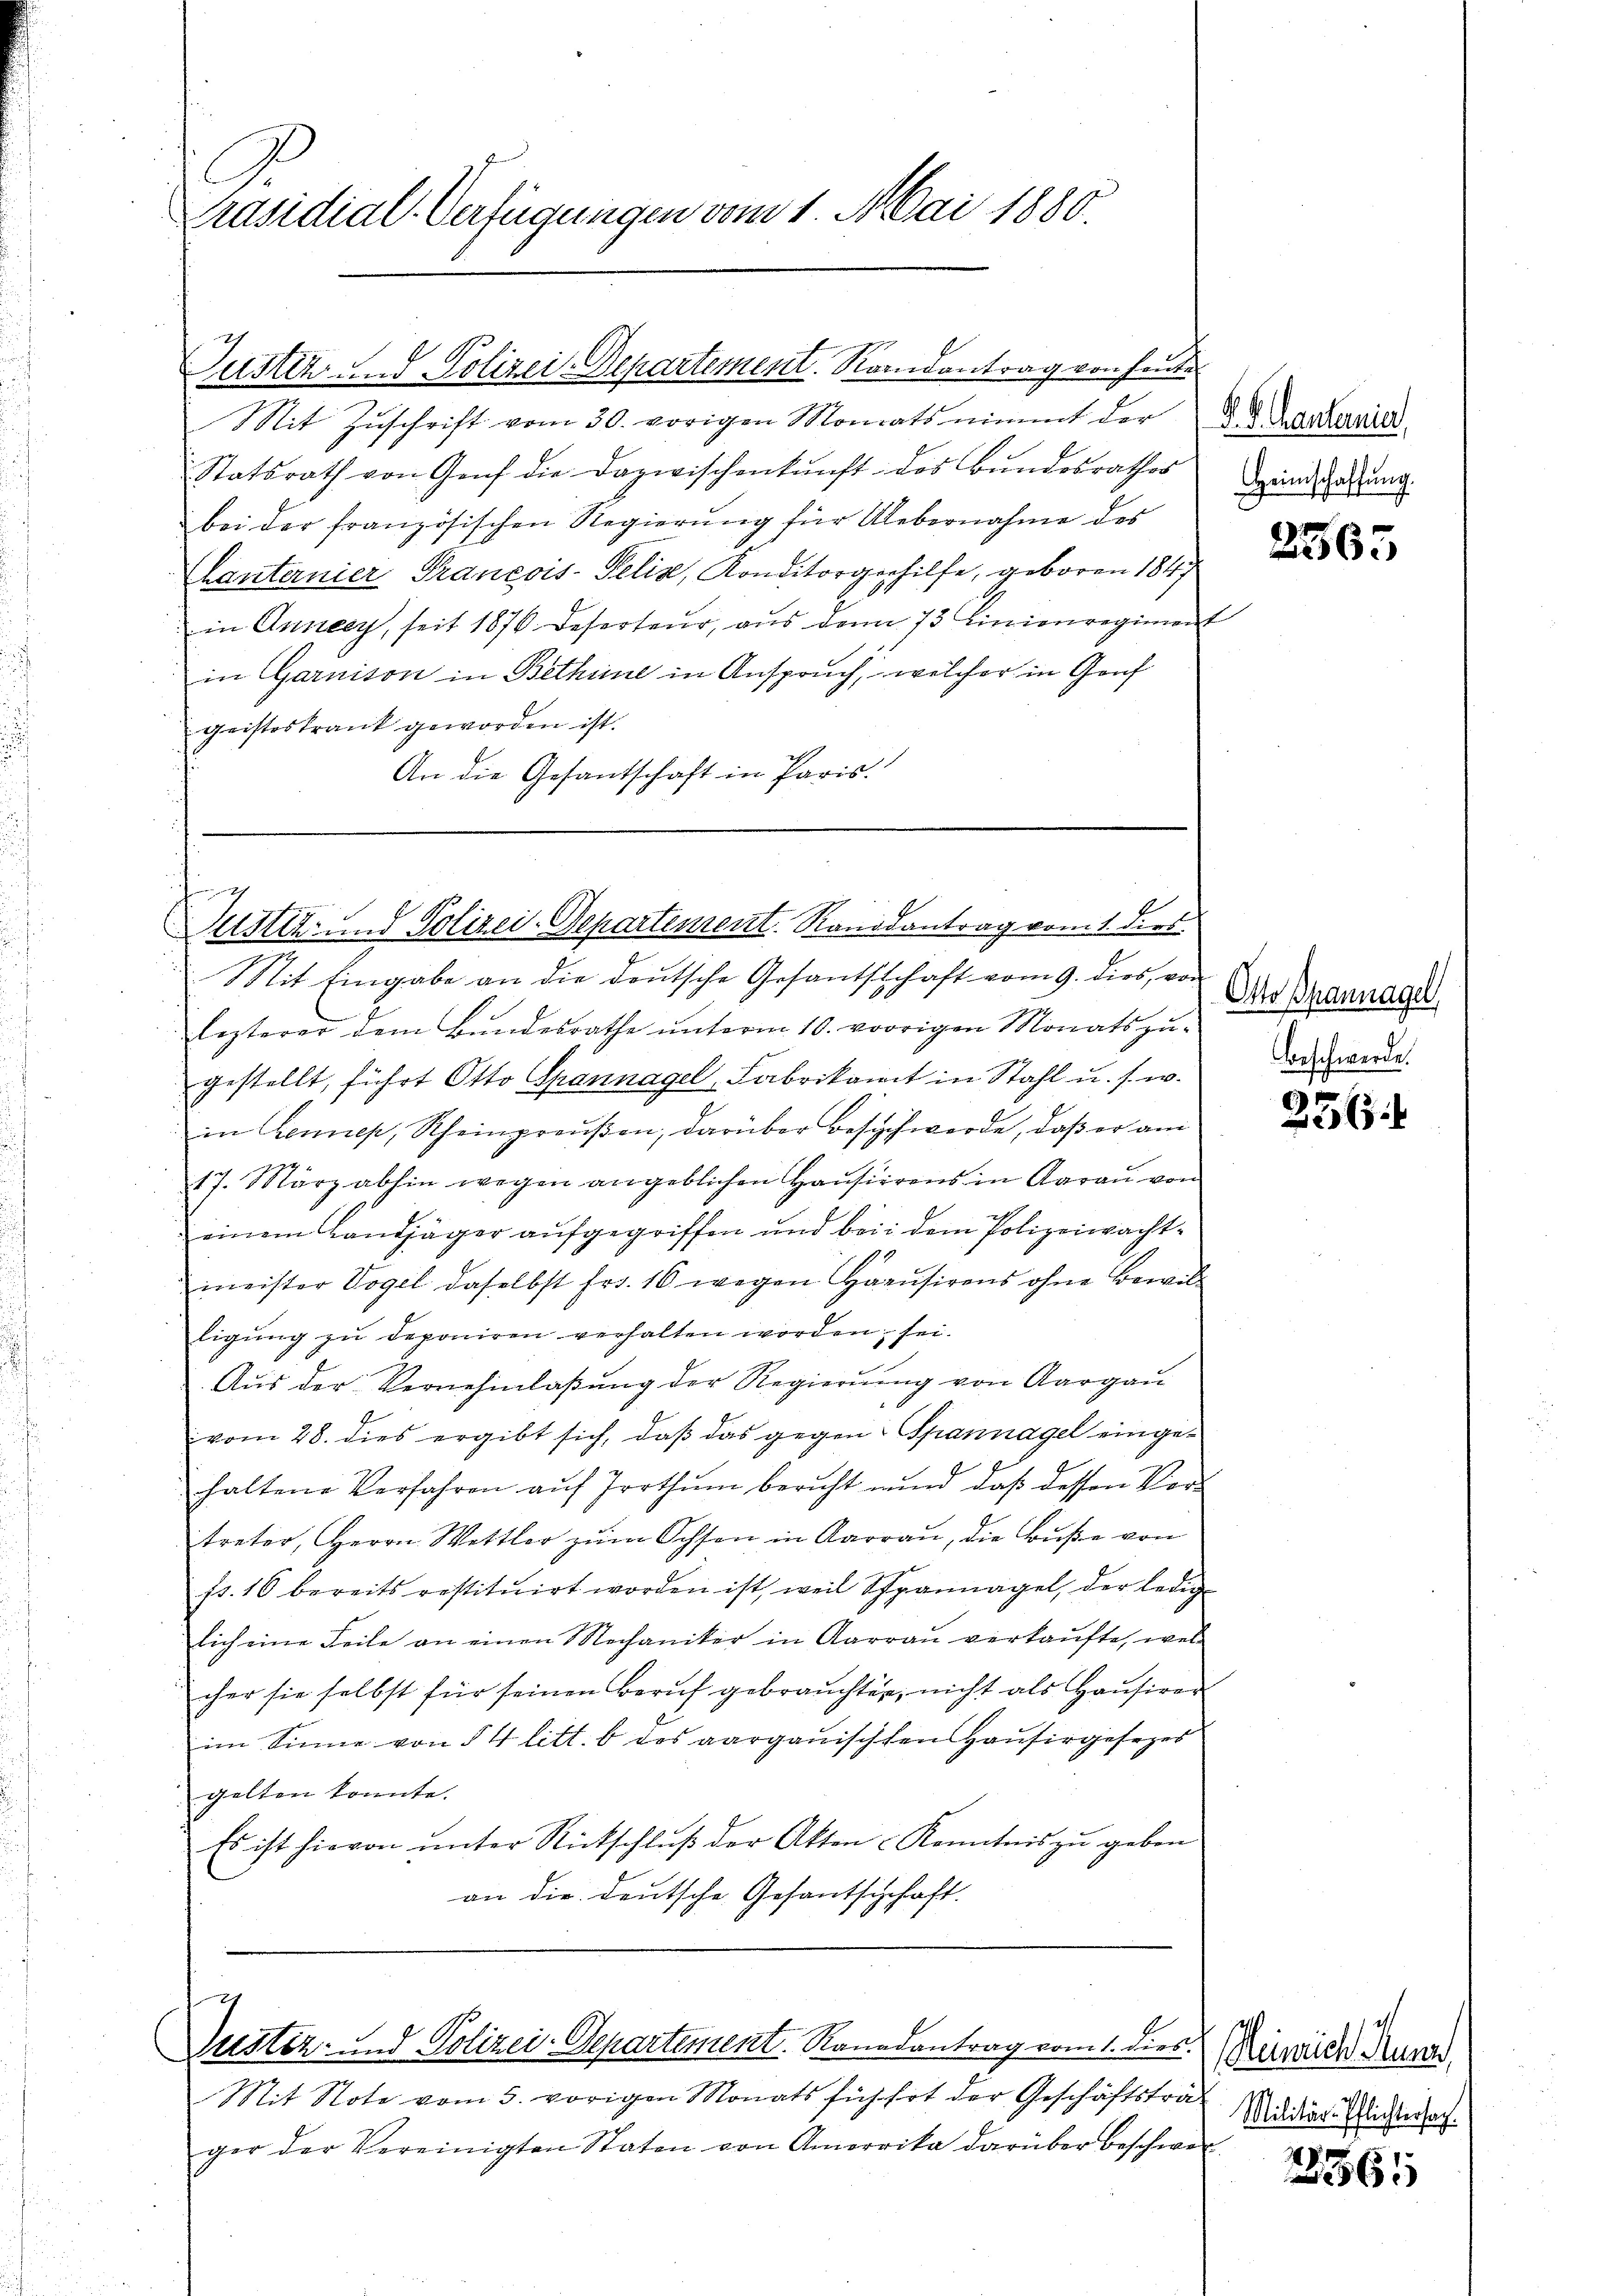
Präsidial-Verfügungen vom 1. Mai 1880.

Justiz und Polizei-Departement. Randantrag von heut

Mit Zŭschrift vom 30. vorigen Monats nimmt der d. d. Der Bernied
Statsrath von Genf die Dazwischenkunft des Bŭndesrathes
bei der französischen Regierŭng für Uebernahme des
hanternier Prancois-Felix, Konditorgehilfe, geboren 1847
in Anneey, seit 1876. Deserteur, aus den 73 Linienregiment
in Garnison in Bethene in Anspruch, welcher in Gouf
geisteskrank geworden ist.
An die Gesantschaft in Paris.

h
Rustiz- und Polizei-Departement. Randsantrag vom 1. dies

Mit Eingabe an die deutsche Gesandtschaft vom 9. dies, vor
lezterer dem Bundesrathe unterm 10. vorigen Monats zu-
gestellt, führt Otto Spannagel, Fabrikant in Stahl u. s. w.
in Rennep, Rheinpreŭβen, darüber Besich werde, daß er am
17. März abhin wegen angeblichen Haŭsierens in Aaraŭ von
einem Landjäger aufgegriffen und bei dem Polizeiwachtmeister Vogel daselbst fr. 16 wegen Haŭsirens ohne Bewilligung zu deponiren verhalten worden, sei.
Aŭs der Vernehmlaβŭng der Regierŭng von Aargaŭ
vom 28. dies ergibt sich, daß das gegen Spannagel eingehaltene Verfahren aŭf Irrthum bericht und daß dessen Vor-
treter, Herrn Wettler zŭm Ochsen in Aargau, die Bŭβe von
fs. 10 bereits restitŭirt worden ist, weil Spannagel, der ledig
lich eine Teile an einen Mechaniker in Aarraŭ verkaŭfte, wel
cher sie selbst für seinen Beruf gebrauchten, nicht als Haŭsirer
im Sinne von § 4 litt. b des aargauischten Hausirgesezes
gelten konnte.
Es ist hievon ŭnter Rückschlŭβ der Akten Kenntnis zu geben
an die Deutsche Gesantschaft.

g
Zustiz- und Polizei-Departement. Kanadantrag vom 1. dies

Mit Note vom 5. vorigen Monats fich hat der Geschäftsträger der Vereinigten Staten von Amorrika darüber beschwer

d
Heimschaffung.

2565

Otto Brannagel
Beschwerde.

256.

Heinrich Kuner,
Militär-Pflichtersach

561